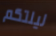
ليلتكم